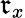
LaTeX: \mathfrak{r}_{x}